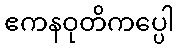
ဧကနဝုတိကပ္ပေါ